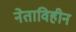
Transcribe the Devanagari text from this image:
नेताविहीन